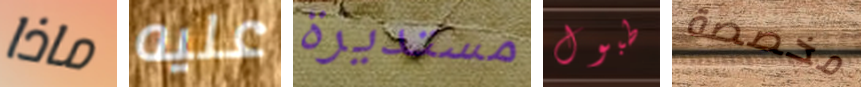
ماذا عليه مستديرة طبول مخصصة